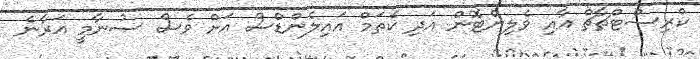
ކްރިސްޓްޗާޗް އާއި ވެލިންޓޮން އަދި ކެތަމް އައިލެންޑްސް އަށް ވެސް ސުނާމީ އަރާނެ